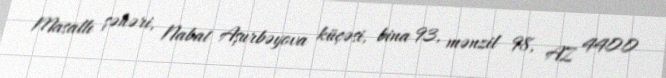
Masallı şəhəri, Nabat Aşurbəyova küçəsi, bina 93, mənzil 98, AZ 4400